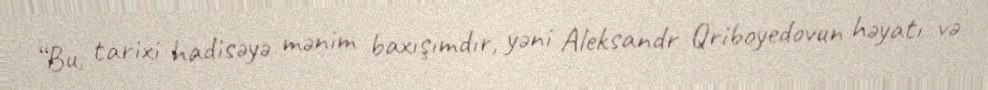
“Bu, tarixi hadisəyə mənim baxışımdır, yəni Aleksandr Qriboyedovun həyatı və